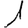
Digit: 1